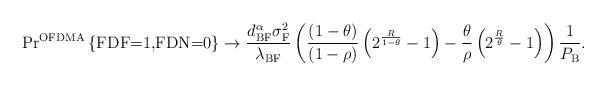
LaTeX: \begin{align*} &\textrm{Pr}^{\textrm{OFDMA}}\left\lbrace \textrm{FDF=1,FDN=0}\right\rbrace\to \frac{d_{\textrm{BF}}^{\alpha} \sigma_{\textrm{F}}^{2}}{\lambda_{\textrm{BF}}}\left(\frac{(1-\theta)}{(1-\rho)}\left(2^{\frac{R}{1-\theta}}-1\right)-\frac{\theta}{\rho}\left(2^{\frac{R}{\theta}}-1\right)\right) \frac{1}{P_{\textrm{B}}}.\end{align*}